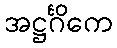
အဋ္ဌင်္ဂိကေ